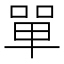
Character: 單